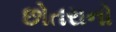
છોતરાનો